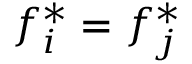
f _ { i } ^ { * } = f _ { j } ^ { * }